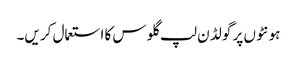
ہو نٹو ں پر گو لڈ ن لپ گلو س کا استعمال کر یں۔